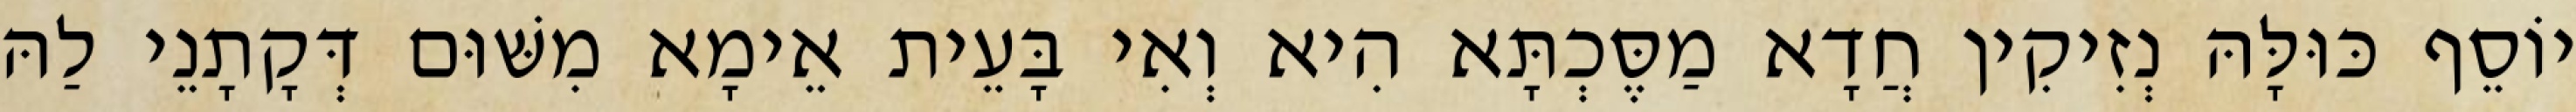
יוֹסֵף כּוּלָּהּ נְזִיקִין חֲדָא מַסֶּכְתָּא הִיא וְאִי בָּעֵית אֵימָא מִשּׁוּם דְּקָתָנֵי לַהּ